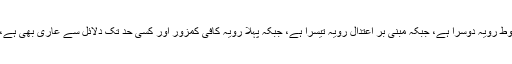
میری نظر میں تحقیقی اعتبار سے مضبوط رویہ دوسرا ہے، جبکہ مبنی بر اعتدال رویہ تیسرا ہے، جبکہ پہلا رویہ کافی کمزور اور کسی حد تک دلائل سے عاری بھی ہے، اور جذباتی گفتگو ان کا رأس المال ہے۔